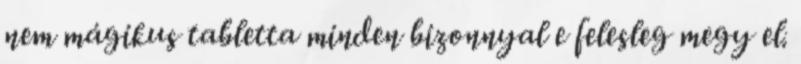
nem mágikus tabletta minden bizonnyal e felesleg megy el.